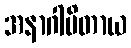
အနာဂါမိတာယ